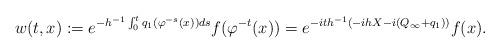
LaTeX: \begin{align*} w(t,x):=e^{-h^{-1}\int_0^t q_1(\varphi^{-s}(x))ds}f(\varphi^{-t}(x))=e^{-ith^{-1}(-ihX -i(Q_\infty+q_1))} f(x). \end{align*}